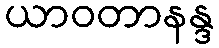
ယာဝတာနန္ဒ